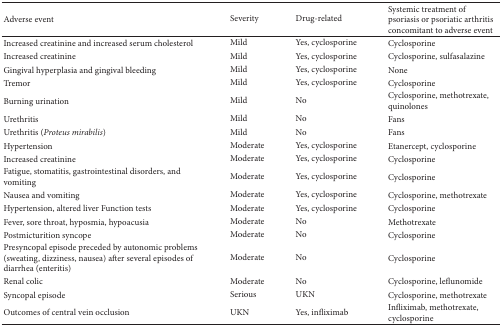
| Adverse event | Severity | Drug-related | Systemic treatment of psoriasis or psoriatic arthritis concomitant to adverse event |
 | --- | --- | --- | --- |
 | Increased creatinine and increased serum cholesterol | Mild | Yes, cyclosporine | Cyclosporine |
 | Increased creatinine | Mild | Yes, cyclosporine | Cyclosporine, sulfasalazine |
 | Gingival hyperplasia and gingival bleeding | Mild | Yes, cyclosporine | None |
 | Tremor | Mild | Yes, cyclosporine | Cyclosporine |
 | Burning urination | Mild | No | Cyclosporine, methotrexate, quinolones |
 | Urethritis | Mild | No | Fans |
 | Urethritis (Proteus mirabilis) | Mild | No | Fans |
 | Hypertension | Moderate | Yes, cyclosporine | Etanercept, cyclosporine |
 | Increased creatinine | Moderate | Yes, cyclosporine | Cyclosporine |
 | Fatigue, stomatitis, gastrointestinal disorders, and vomiting | Moderate | Yes, cyclosporine | Cyclosporine |
 | Nausea and vomiting | Moderate | Yes, cyclosporine | Cyclosporine, methotrexate |
 | Hypertension, altered liver Function tests | Moderate | Yes, cyclosporine | Cyclosporine |
 | Fever, sore throat, hyposmia, hypoacusia | Moderate | No | Methotrexate |
 | Postmicturition syncope | Moderate | No | Cyclosporine |
 | Presyncopal episode preceded by autonomic problems (sweating, dizziness, nausea) after several episodes of diarrhea (enteritis) | Moderate | No | Cyclosporine |
 | Renal colic | Moderate | No | Cyclosporine, leflunomide |
 | Syncopal episode | Serious | UKN | Cyclosporine, methotrexate |
 | Outcomes of central vein occlusion | UKN | Yes, infliximab | Infliximab, methotrexate, cyclosporine |